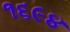
૧૬૯૪